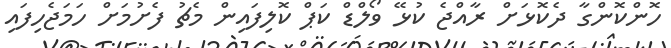
ހޮންކޮންގާ ދެކޮޅަށް ރާއްޖެ ކުޅޭ ވޯލްޑް ކަޕް ކޮލިފައިން މެޗު ފެށުމަށް ހަމަޖެހިފައި